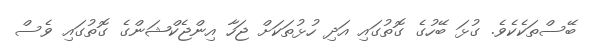
ބޭސްތަކެކެވެ. ގުޅަ ބޭހުގެ ގޮތުގައި އަދި ހުޅުތަކަށް ޖަހާ އިންޖެކްޝަންގެ ގޮތުގައި ވެސް